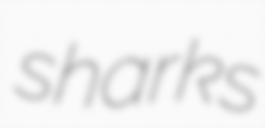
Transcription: sharks